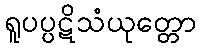
ရူပပ္ပဋိသံယုတ္တော